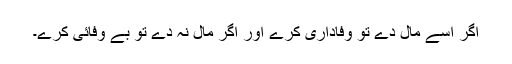
اگر اسے مال دے تو وفاداری کرے اور اگر مال نہ دے تو بے وفائی کرے۔